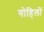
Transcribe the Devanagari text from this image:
गोहिलों